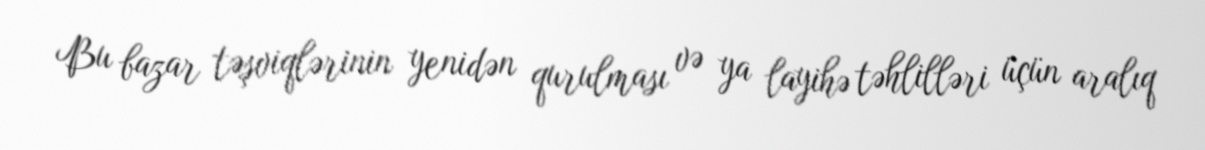
Bu bazar təşviqlərinin yenidən qurulması və ya layihə təhlilləri üçün aralıq